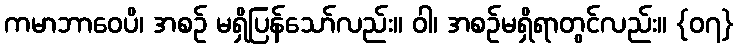
ကမာဘာဝေပိ၊ အစဉ် မရှိပြန်သော်လည်း။ ဝါ၊ အစဉ်မရှိရာတွင်လည်း။ {၀၇}